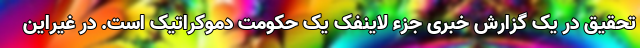
تحقیق در یک گزارش خبری جزء لاینفک یک حکومت دموکراتیک است. در غیراین